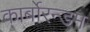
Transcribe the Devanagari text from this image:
कार्बोरन्डम